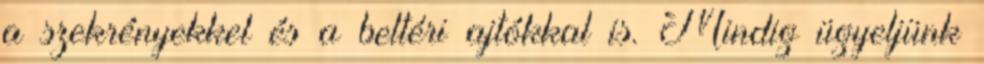
a szekrényekkel és a beltéri ajtókkal is. Mindig ügyeljünk